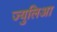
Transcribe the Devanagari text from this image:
ज्युलिआ